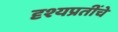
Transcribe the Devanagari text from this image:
दृश्यप्रतींचे